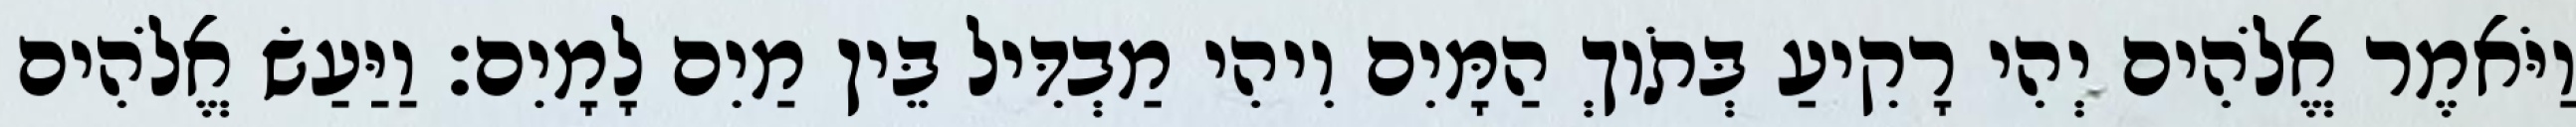
וַיֹּאמֶר אֱלֹהִים יְהִי רָקִיעַ בְּתֹוךְ הַמָּיִם וִיהִי מַבְדִּיל בֵּין מַיִם לָמָיִם׃ וַיַּעַשׂ אֱלֹהִים